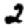
Digit: 2